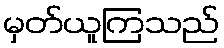
မှတ်ယူကြသည်